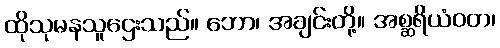
ထိုသုမနသူဌေးသည်။ ဘော၊ အချင်းတို့။ အစ္ဆရိယံဝတ၊